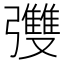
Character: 𪫄